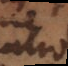
atio